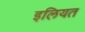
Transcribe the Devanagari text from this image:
इलियत